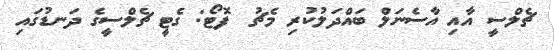
ޗެލްސީ އާއި އާސެނަލް ބައްދަލުކުރި މެޗު  ފޮޓޯ: ގެޓީ ޗެލްސީގެ ދަނޑުގައި